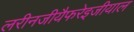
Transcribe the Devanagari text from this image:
लरीनजीयैफरेइजीयाल